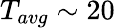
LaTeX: T_{avg}\sim 20